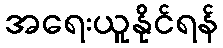
အရေးယူနိုင်ရန်